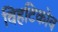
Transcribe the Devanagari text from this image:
विहटिकोव